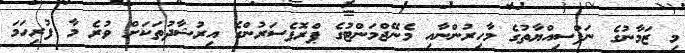
މި ޒަމާނުގެ ނަފްސިއްޔާތުގެ މާހިރުންނާއި މެނޭޖްމަންޓުގެ ޕްރޮފެސަރުންގެ އިރުޝާދުތަކަށް ވުރެ މާ ފުރިހަމަ